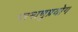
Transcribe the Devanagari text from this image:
परमाणुप्रयोग